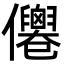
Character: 㒨